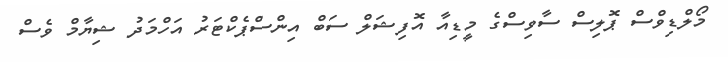
މޯލްޑިވްސް ޕޮލިސް ސާވިސްގެ މީޑިއާ އޮފިޝަލް ސަބް އިންސްޕެކްޓަރު އަހްމަދު ޝިޔާމް ވެސް